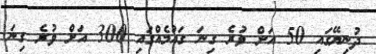
ދުނިޔޭގައި 50 އަށް ވުރެ ގިނަ ގައުމެއްގައި 300 އަށް ވުރެ ގިނަ